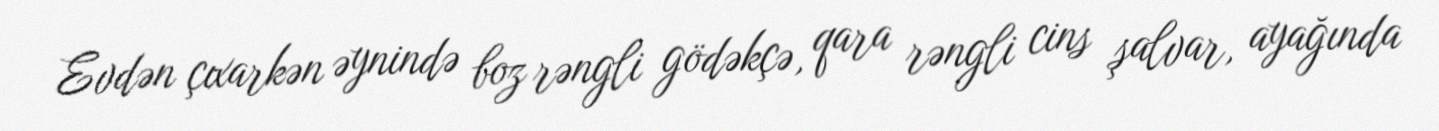
Evdən çıxarkən əynində boz rəngli gödəkçə, qara rəngli cins şalvar, ayağında